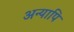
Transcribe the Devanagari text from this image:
अन्यापि